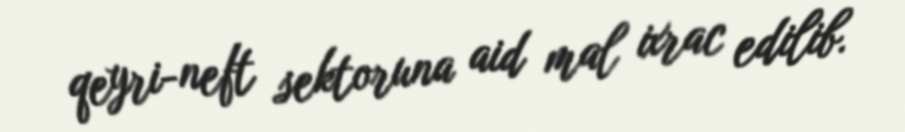
qeyri-neft sektoruna aid mal ixrac edilib.